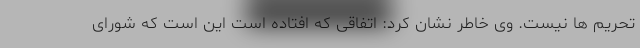
تحریم ها نیست. وی خاطر نشان کرد: اتفاقی که افتاده است این است که شورای